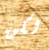
لكن